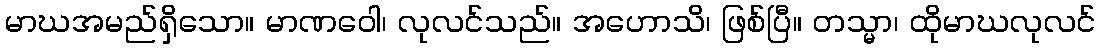
မာဃအမည်ရှိသော။ မာဏဝေါ၊ လုလင်သည်။ အဟောသိ၊ ဖြစ်ပြီ။ တသ္မာ၊ ထိုမာဃလုလင်